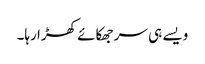
ویسے ہی سر جھکائے کھڑا رہا۔